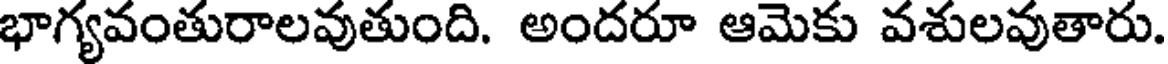
భాగ్యవంతురాలవుతుంది. అందరూ ఆమెకు వశులవుతారు.